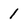
Character: 1